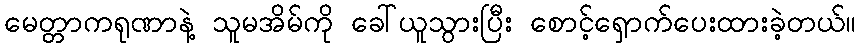
မေတ္တာကရုဏာနဲ့ သူမအိမ်ကို ခေါ်ယူသွားပြီး စောင့်ရှောက်ပေးထားခဲ့တယ်။